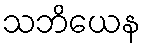
သဘိယေန